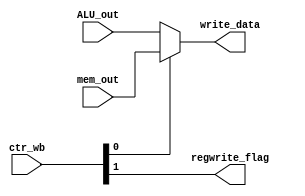
// This program was cloned from: https://github.com/valar1234/MIPS
// License: GNU Lesser General Public License v3.0

`timescale 1ns / 1ps
//////////////////////////////////////////////////////////////////////////////////
// Company: 
// Engineer: 
// 
// Design Name: 
// Module Name: writeback
// Project Name: 
// Target Devices: 
// Tool Versions: 
// Description: 
// 
// Dependencies: 
// 
// Revision:
// Revision 0.01 - File Created
// Additional Comments:
// 
//////////////////////////////////////////////////////////////////////////////////


module writeback(
input wire [1:0]        ctr_wb,
input wire [31:0]       mem_out,
input wire [31:0]       ALU_out,
output wire [31:0]      write_data,
output wire             regwrite_flag
    );
    
    wire memtoReg_flag;
    assign memtoReg_flag = ctr_wb[0];
    assign regwrite_flag = ctr_wb[1];
    
    assign write_data = (memtoReg_flag) ? mem_out : ALU_out;
  
endmodule